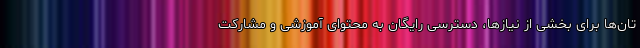
تان‌ها برای بخشی از نیازها، دسترسی رایگان به محتوای آموزشی و مشارکت